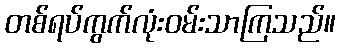
တစ်ရပ်ကွက်လုံးဝမ်းသာကြသည်။